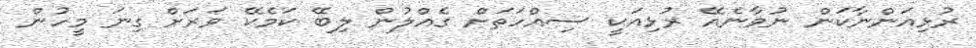
ރުޅިއަންނާކަން ނުވާނެއޭ ރުޅިއަކީ ސިއްހަތަށް ގެއްލުން ލިބޭ ކަމެކޭ ވަރަށް ގިނަ މީހުން